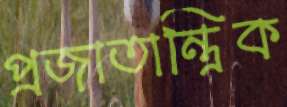
প্রজাতান্ত্রিক